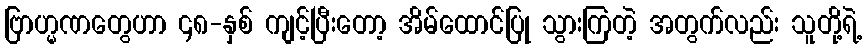
ဗြာဟ္မဏတွေဟာ ၄၈-နှစ် ကျင့်ပြီးတော့ အိမ်ထောင်ပြု သွားကြတဲ့ အတွက်လည်း သူတို့ရဲ့